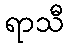
ရာသီ